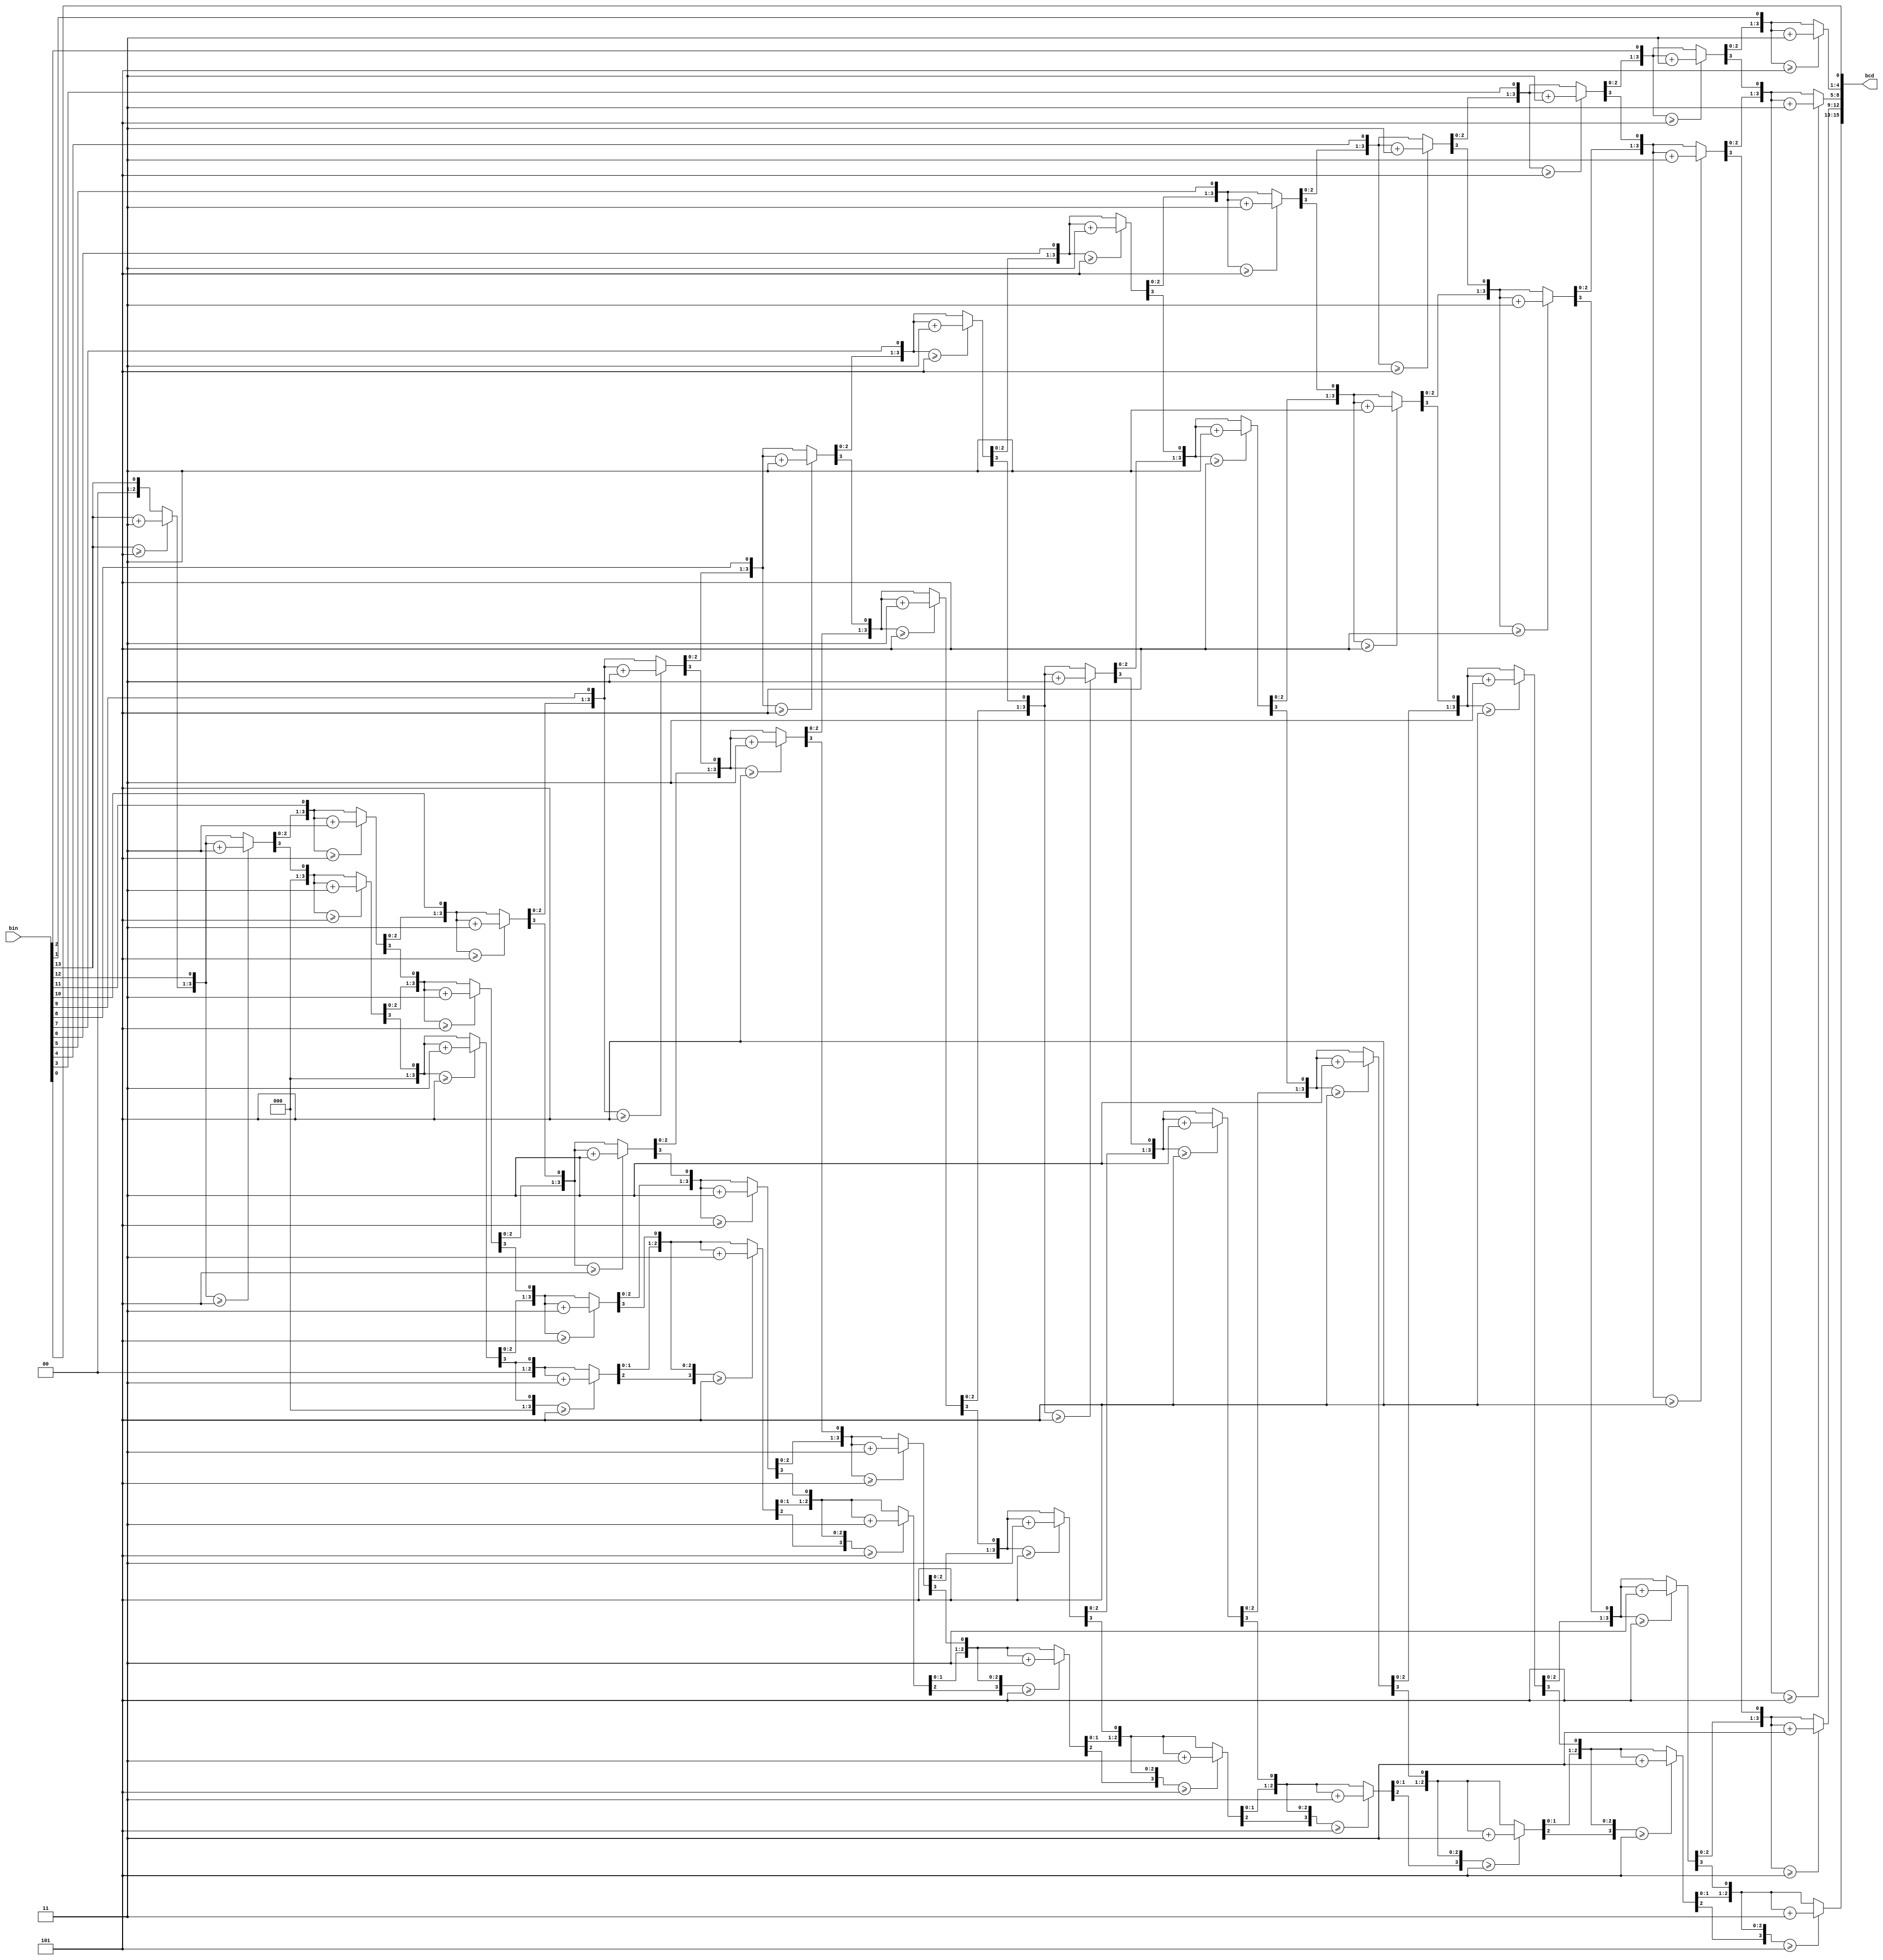
`timescale 1ns / 1ps
//////////////////////////////////////////////////////////////////////////////////
// Company: 
// Engineer: 
// 
// Design Name: 
// Module Name: BIN_TO_BCD
// Project Name: 
// Target Devices: 
// Tool Versions: 
// Description: 
// 
// Dependencies: 
// 
// Revision:
// Revision 0.01 - File Created
// Additional Comments:
// 
//////////////////////////////////////////////////////////////////////////////////


module BIN_TO_BCD(
input [13:0]bin,
output reg [15:0]bcd
    );
    integer i;
    always@(bin)
    begin
    bcd=0;
    for(i=0;i<14;i=i+1)
    begin
    if(bcd[3:0]>=5) bcd[3:0]=bcd[3:0]+3;
    if(bcd[7:4]>=5) bcd[7:4]=bcd[7:4]+3;
    if(bcd[11:8]>=5) bcd[11:8]=bcd[11:8]+3;
    if(bcd[15:12]>=5) bcd[15:12]=bcd[15:12]+3;
    bcd={bcd[14:0],bin[13-i]};   
    end
    end
endmodule